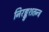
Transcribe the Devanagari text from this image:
निरङ्कुशतन्त्र